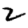
Digit: 2